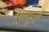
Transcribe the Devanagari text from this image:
एण्ड्रूज़